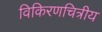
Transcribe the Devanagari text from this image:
विकिरणचित्रीय